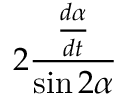
2 \frac { \frac { d \alpha } { d t } } { \sin { 2 \alpha } }